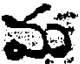
మ